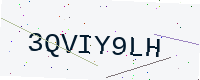
Text: 3QVIY9LH